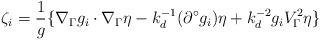
LaTeX: \begin{align*} \zeta_i = \frac{1}{g}\{\nabla_\Gamma g_i\cdot\nabla_\Gamma\eta-k_d^{-1}(\partial^\circ g_i)\eta+k_d^{-2}g_iV_\Gamma^2\eta\}\end{align*}